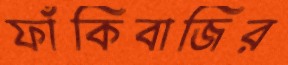
ফাঁকিবাজির